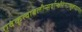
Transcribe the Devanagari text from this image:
एवंकृत्वाबलीन्सर्वान्क्षीरेणाभ्युक्ष्यवाग्यतः